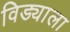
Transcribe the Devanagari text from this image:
विड्याला